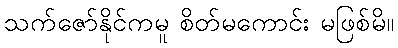
သက်ဇော်နိုင်ကမူ စိတ်မကောင်း မဖြစ်မိ။